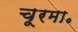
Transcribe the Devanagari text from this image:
चूरमा॰